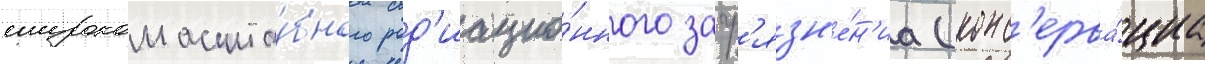
широкомасшта́бного рад'иацио́нного загр'язн'е́н'иа (конс'ерва́циа